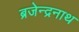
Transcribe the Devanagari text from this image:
ब्रजेन्द्रनाथ